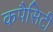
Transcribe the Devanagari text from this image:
कपैसिटी